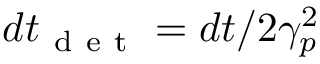
d t _ { \mathrm { ~ d ~ e ~ t ~ } } = d t / 2 \gamma _ { p } ^ { 2 }